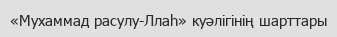
«Мухаммад расулу-Ллаһ» куәлігінің шарттары